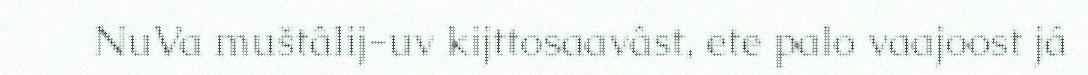
NuVa muštâlij-uv kijttosaavâst, ete palo vaajoost já